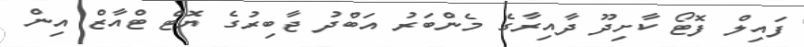
ފައިލް ފޮޓޯ ކާށިދޫ ދާއިރާގެ މެންބަރު އަބްދު ޖާބިރުގެ ޔޮޓް ޓްއާޒް އިން